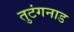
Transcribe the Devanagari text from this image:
तुटंगनाड